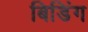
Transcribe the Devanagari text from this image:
बिडिंग